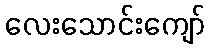
လေးသောင်းကျော်